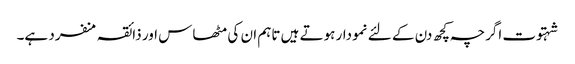
شہتوت اگرچہ کچھ دن کے لئے نمودار ہوتے ہیں تاہم ان کی مٹھاس اور ذائقہ منفرد ہے۔